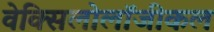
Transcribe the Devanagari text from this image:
वेक्सिलोलॉजीकल